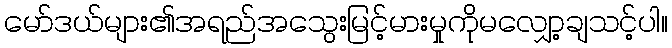
မော်ဒယ်များ၏အရည်အသွေးမြင့်မားမှုကိုမလျှော့ချသင့်ပါ။